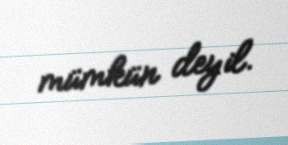
mümkün deyil.